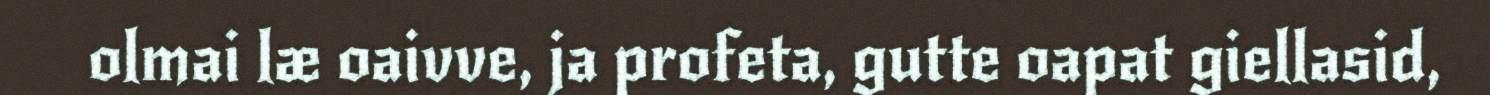
olmai læ oaivve, ja profeta, gutte oapat giellasid,